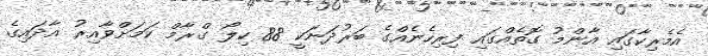
އެމެރިކާގައި އާންމު ގޮތެއްގައި ފިރިހެނެއްގެ ބަރުދަނަކީ 88 ކިލޯ ގްރާމް ކަމަށްވާއިރު އާދައިގެ